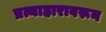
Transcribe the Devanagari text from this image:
प्रत्याहारावरून